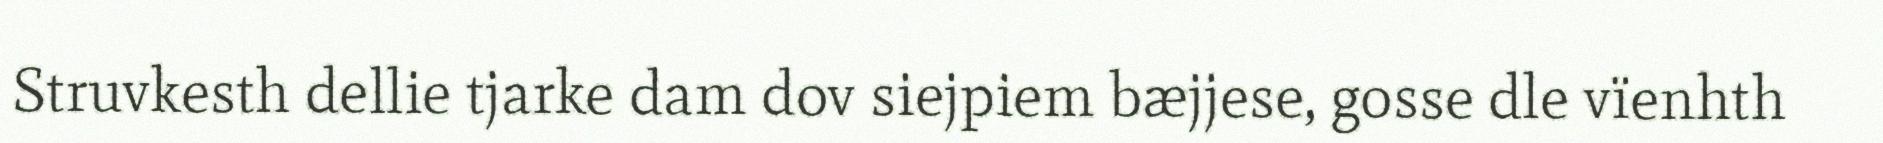
Struvkesth dellie tjarke dam dov siejpiem bæjjese, gosse dle vïenhth